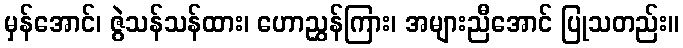
မှန်အောင်၊ ဇွဲသန်သန်ထား၊ ဟောညွှန်ကြား၊ အများညီအောင် ပြုသတည်း။